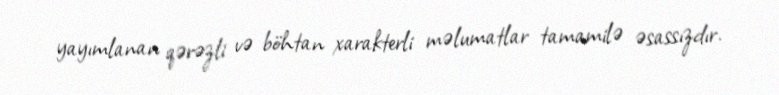
yayımlanan qərəzli və böhtan xarakterli məlumatlar tamamilə əsassızdır.